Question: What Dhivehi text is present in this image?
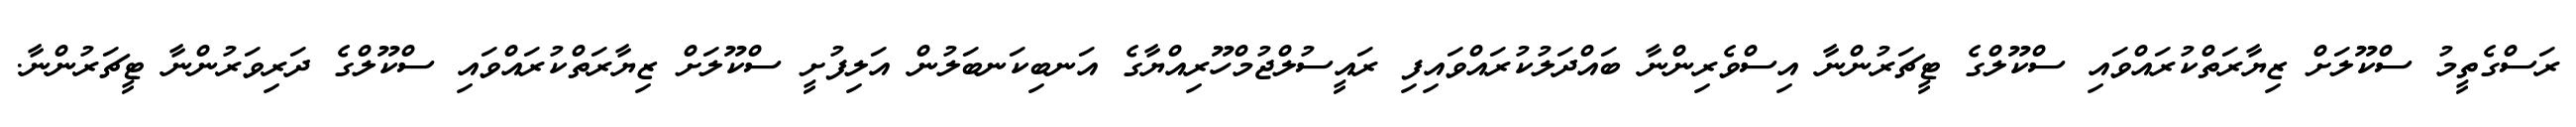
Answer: ރަސްގެތީމު ސްކޫލަށް ޒިޔާރަތްކުރައްވައި ސްކޫލްގެ ޓީޗަރުންނާ އިސްވެރިންނާ ބައްދަލުކުރައްވައިފި ރައީސުލްޖުމްހޫރިއްޔާގެ އަނބިކަނބަލުން އަލިފުށީ ސްކޫލަށް ޒިޔާރަތްކުރައްވައި ސްކޫލްގެ ދަރިވަރުންނާ ޓީޗަރުންނާ.